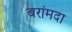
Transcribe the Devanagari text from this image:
बरांमदा